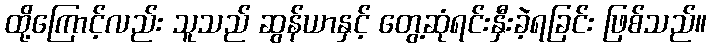
ထို့ကြောင့်လည်း သူသည် ဆွန်ယာနှင့် တွေ့ဆုံရင်းနှီးခဲ့ရခြင်း ဖြစ်သည်။